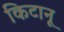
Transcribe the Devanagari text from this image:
किटानू